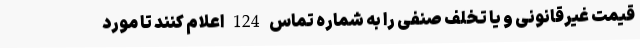
قیمت غیرقانونی و یا تخلف صنفی را به شماره تماس 124 اعلام کنند تا مورد